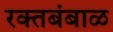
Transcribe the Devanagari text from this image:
रक्‍तबंबाळ